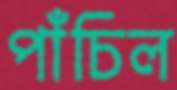
পাঁচিল